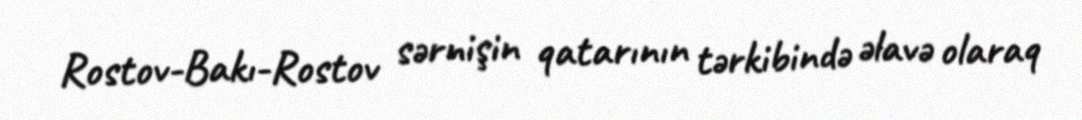
Rostov-Bakı-Rostov sərnişin qatarının tərkibində əlavə olaraq